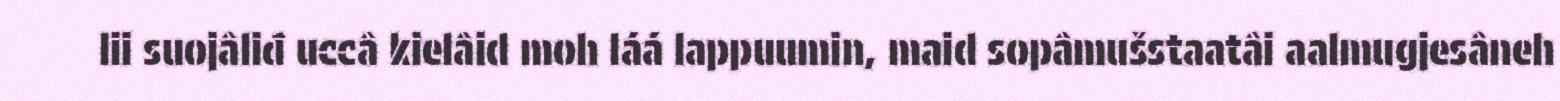
lii suojâliđ uccâ kielâid moh láá lappuumin, maid sopâmušstaatâi aalmugjesâneh